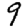
Digit: 9